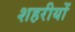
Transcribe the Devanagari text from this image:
शहरीयों